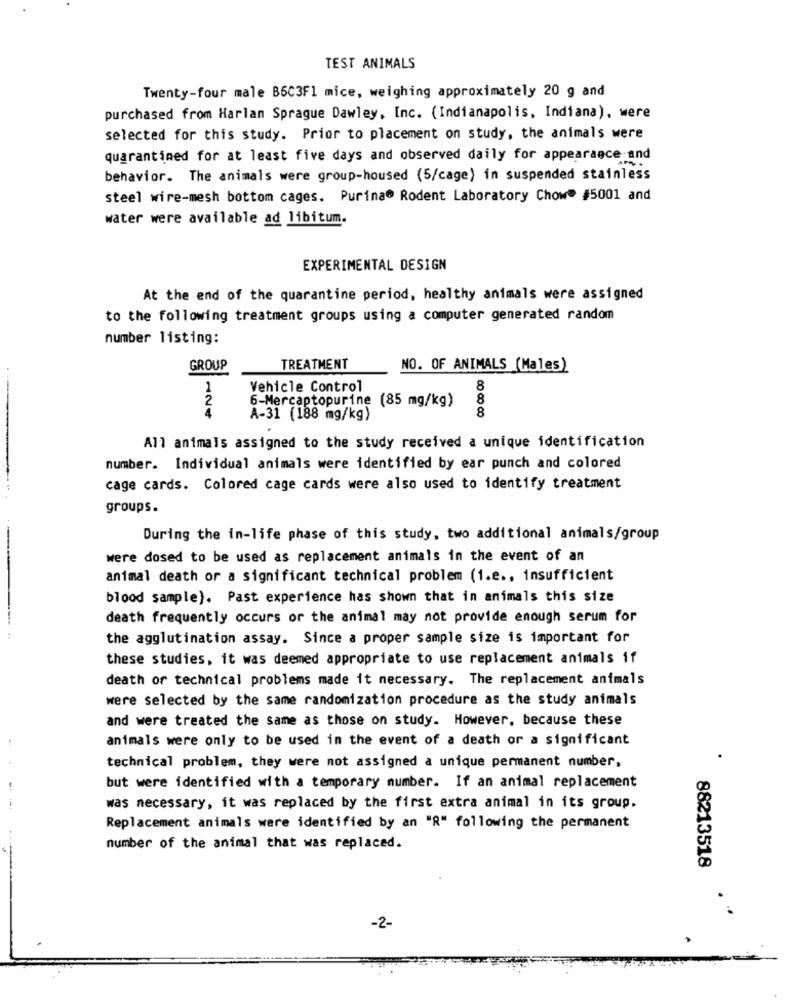
TEST ANIMALS
Twenty-four male B6C3F1 mice, weighing approximately 20 g and
purchased from Harlan Sprague Dawley, Inc. (Indianapolis, Indiana), were
selected for this study. Prior to placement on study, the animals were
quarantined for at least five days and observed daily for appearance and
behavior. The animals were group-housed (5/cage) in suspended stainless
steel wire-mesh bottom cages. Purina® Rodent Laboratory Chow" #5001 and
water were available ad libitum.
EXPERIMENTAL DESIGN
At the end of the quarantine period, healthy animals were assigned
to the following treatment groups using a computer generated random
number listing:
GROUP
TREATMENT
NO. OF ANIMALS (Males)
1
Vehicle Control
8
2
6-Mercaptopurine (85 mg/kg)
8
4
8
A-31 (188 mg/kg)
All animals assigned to the study received a unique identification
number. Individual animals were identified by ear punch and colored
cage cards. Colored cage cards were also used to identify treatment
groups.
During the in-life phase of this study, two additional animals/group
were dosed to be used as replacement animals in the event of an
animal death or a significant technical problem (1.e ., insufficient
blood sample). Past experience has shown that in animals this size
death frequently occurs or the animal may not provide enough serum for
- -
the agglutination assay. Since a proper sample size is important for
these studies, it was deemed appropriate to use replacement animals if
death or technical problems made it necessary. The replacement animals
were selected by the same randomization procedure as the study animals
and were treated the same as those on study. However, because these
animals were only to be used in the event of a death or a significant
technical problem, they were not assigned a unique permanent number,
but were identified with a temporary number. If an animal replacement
was necessary, it was replaced by the first extra animal in its group.
Replacement animals were identified by an "R" following the permanent
number of the animal that was replaced.
88213518
-2-